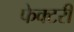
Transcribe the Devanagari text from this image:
फेक्टरी